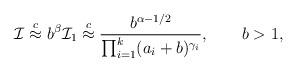
LaTeX: \begin{align*} \mathcal I\stackrel{c}{\approx}b^\beta \mathcal I_1\stackrel{c}{\approx}\frac{b^{\alpha-1/2}}{\prod_{i=1}^k(a_i+b)^{\gamma_i}},\ \ \ \ \ \ b>1,\end{align*}